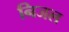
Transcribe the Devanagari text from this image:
निजल